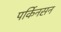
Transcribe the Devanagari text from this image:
पर्किनसन